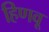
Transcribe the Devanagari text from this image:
हिणवू